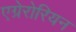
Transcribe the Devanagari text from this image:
एग्रेरोरियन